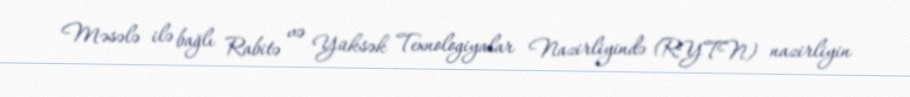
Məsələ ilə bağlı Rabitə və Yüksək Texnologiyalar Nazirliyində (RYTN) nazirliyin